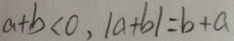
a + b < 0 , \vert a + b \vert = b + a